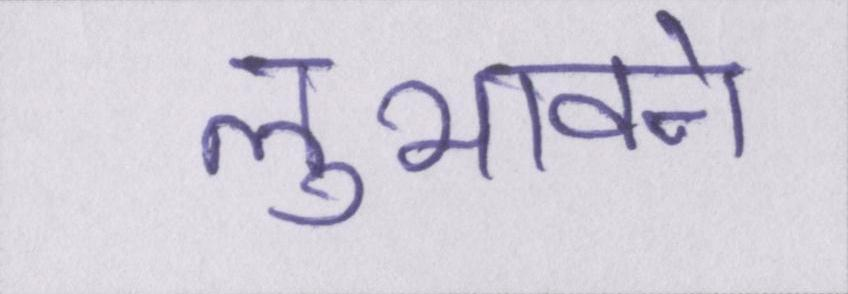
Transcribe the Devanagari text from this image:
लुभावने